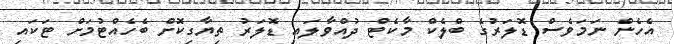
އެހެން ނަމަވެސް ޑޮލަރުގެ ބްލެކް މާކެޓް ދުއްވާލައި ޑޮލަރު ތިޔާގިކޮށް ބެހެއްޓުމަށް ޓަކައި